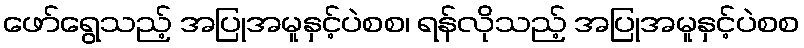
ဖော်ရွေသည့် အပြုအမူနှင့်ပဲစစ၊ ရန်လိုသည့် အပြုအမူနှင့်ပဲစစ